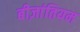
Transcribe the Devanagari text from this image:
बीज़ांतियम